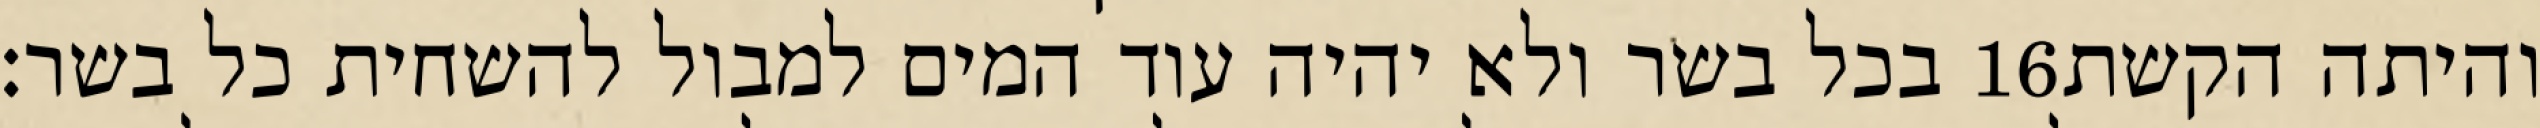
בכל בשר ולא יהיה עוד המים למבול להשחית כל בשר׃ ‎16‏ והיתה הקשת